King Institute of Preventive Medicine Micro-Biological Section reports 1909-11
Year: 1909
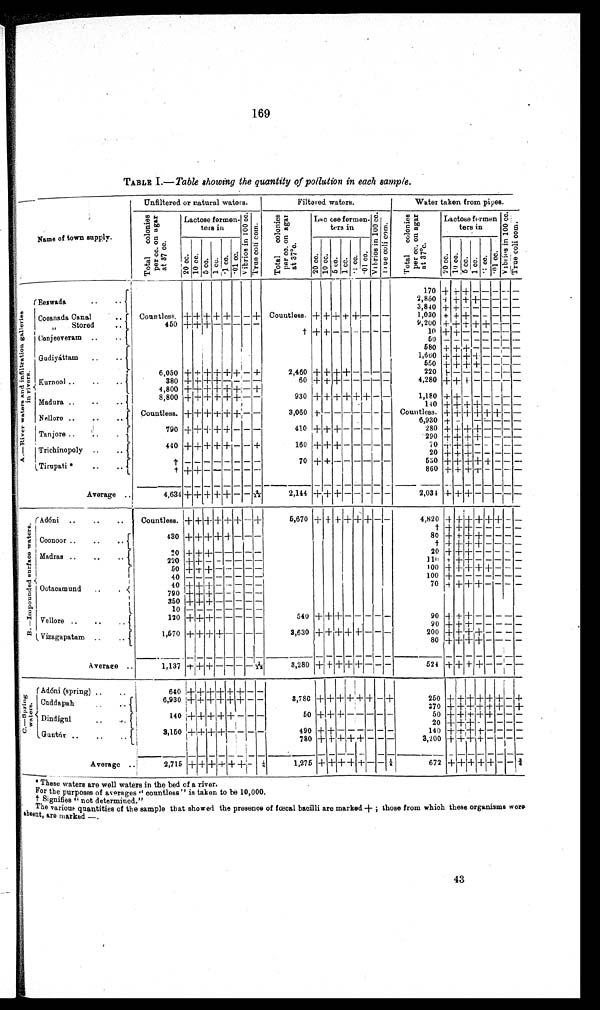
169
TABLE I .—Table showing the quantity of pollution in each sample.
Name of town supply.
Unfiltered or natural waters.
Filtered waters.
Water taken from pipes.
T o t a l c o l o n i e s p e r c c . o n a g a r a t 3 7 c c .
Lactose fermen
−
ters in
V i b r i o s i n 1 0 0 c c .
Tr u e c o l i c o m.
T o t a l c o l o n i e s p e r o n a g a r a t 3 7°c .
Lactose fermen
ters in
Vi b r i o s i n 1 0 0 c c . Tr u e c o l i c o m.
T o t a l c o l o n i e s p e r c c . o n a g a r a t 3 7° c .
Lactose fermen
ters in
V i b r i o s i n 1 0 0 c c .
T r u e c o l i c o m.
2 0 c c .
1 0 c c .
5 cc. 1 cc.
· 1 cc. · 0 1 c c .
20 cc. 1 0 c c . 5 cc. 1 cc. · 1 c c .
· 01 cc.
20 cc. 10 c c . 5 cc.1 cc. ·1 cc.
· 01 cc.
A . —R i v e r w a t e r s a n d i n f i l t r a t i o n g a l l e r i e s i n r i v e r s .
170
+ + + − − − − −
2,850 + + + + − − − −
Beswada
3,840 + + − − − − − −
Countless.
+ + + + + − − +
Countless. + + + + + − − −
1 , 0 3 0 + + + − − − − −
Cooanada Canal
450
+ + + − − − − −
9,200 + + + + + − − −
,,
Stored
† + + − − − − − −
10 + + − − − − − −
Conjeeveram
5 0
− − − − − − − −
580 + + + − − − − −
1,660 + + + + − − − −
Gudiyáttam
550 + + + + − − − −
6,050
+ + + + + + − +
2,460 + + + + − − − −
220 + − − − − − − −
Kurnool
380
+ + + + − − − −
60 + + + − − − − −
4,280 + + + − − − − −
4,800
+ + + + + + − +
8,800
+ + + + + + − −
930
+ + + + + + − −
1,180 + + − − − − − −
Madura
140 + + + + − − − −
Countless.
+ + + + + + − −
3,060 + − − − − − − −
Countless. + + + + + + − −
Nellore
6,930 + −
− − − − −
790
+ + + + + − − −
410 + + + − − − − −
280 + + + + − − − −
Tanjore
290 + + + + − − − −
440
+ + + + + − − +
160 + + + − − − − −
70 + + + − − − − −
Trichinopoly
20 + + + − − − − −
70 + + − − − − − −
530 + + + + + − − −
Tirupati
† − − − − − − − −
860 + + + + − − − −
† + + − − − − − −
Average
4,634 + + + + + − − 4/11
2,144 + + + − − − − −
2,031 + + + −
− − − −
B . — I m p o u n d e d s u r f a c e w a t e r s
Adóni
Countless.
+ + + + + + − +
5,670
+ + + + + + − −
4,820
+ + + + + + − −
† + + + − − − − −
430
+ + + + + − − −
80 + + + + − − − −
Coonoor
† + + + + − − − −
20
+ + + − − − − −
20 + + + − − − − −
Madras
220
+ + − − − − − −
l10 + + + − − −
− −
50
+ +
+ − − − − −
100 + + + + + − − −
40 − − − − − − − −
100 + − − − − − − −
40 + + + − − − − −
70 + + + + − − − −
Ootacamund
790 + + + − − − − −
350 + + + − − − − −
1 0
− − − − − − − −
Vellore
120 + + + − − − − −
540 + + + − − − − −
90 ++ + − − − − −
90+ + + − − − − −
1,570
+ + + + − − − −
3,630 + + + + + − − −
200 + + + + − − − −
Vizagapatam
80 + + + + − − − −
Average
1,137 + + + −
−
− − 1/12
3,280 +
+ + +
+ − − −
5 2 4
+
+ + + − − −
−
C . — S p r i n g w a t e r s
Adóni (spring)
640
+ + + + + + − −
6,930 + + + + + + − −
3,780 + + + + + +− +
250 + + + + + + − +
Cuddapah
370 + + + + + + − +
140
+ + + + + − − −
50 + +
+− − − − −
50 + + + + + − −
−
Dindigul
20 + + + − − − − −
3,150
++ + + − − − −
490 + + − − − − − −
140 + + + + − − − −
Guntúr
780 + + + + + − − −
3,200+ + + + − − −
−
Average
2,715 + + + +
+ + − ¼
1,275 + + + +
+ − − ¼
672
+
+ + + + −
− 2/6
These waters are well waters in the bed of a river.
For the purposes of averages " countless " is taken to be 10,000.
† Signifies " not determined."
The varions quantities of the sample that showed the presence of fœcal bacilli are marked +; those from which these organisms were
absent, are marked —.
43